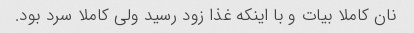
نان کاملا بیات و با اینکه غذا زود رسید ولی کاملا سرد بود.